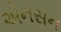
એનસન